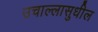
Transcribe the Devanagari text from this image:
उचाल्लासुधील